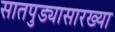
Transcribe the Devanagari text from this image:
सातपुड्यासारख्या